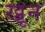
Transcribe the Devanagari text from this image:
ख्रून